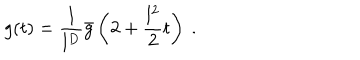
g ( t ) = \frac { 1 } { l ^ { D } } \bar { g } \left( 2 + \frac { l ^ { 2 } } { 2 } t \right) \ .